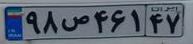
۹۸ص۴۶۱۴۷